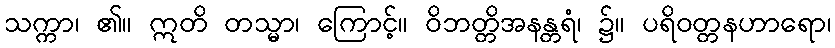
သက္ကာ၊ ၏။ ဣတိ တသ္မာ၊ ကြောင့်။ ဝိဘတ္တိအနန္တရံ၊ ၌။ ပရိဝတ္တနဟာရော၊